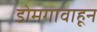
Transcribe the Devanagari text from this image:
डोमगावाहून